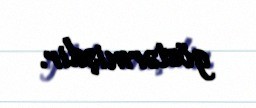
göstərmişdir.